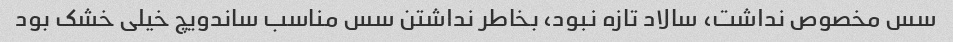
سس مخصوص نداشت، سالاد تازه نبود، بخاطر نداشتن سس مناسب ساندویچ خیلی خشک بود